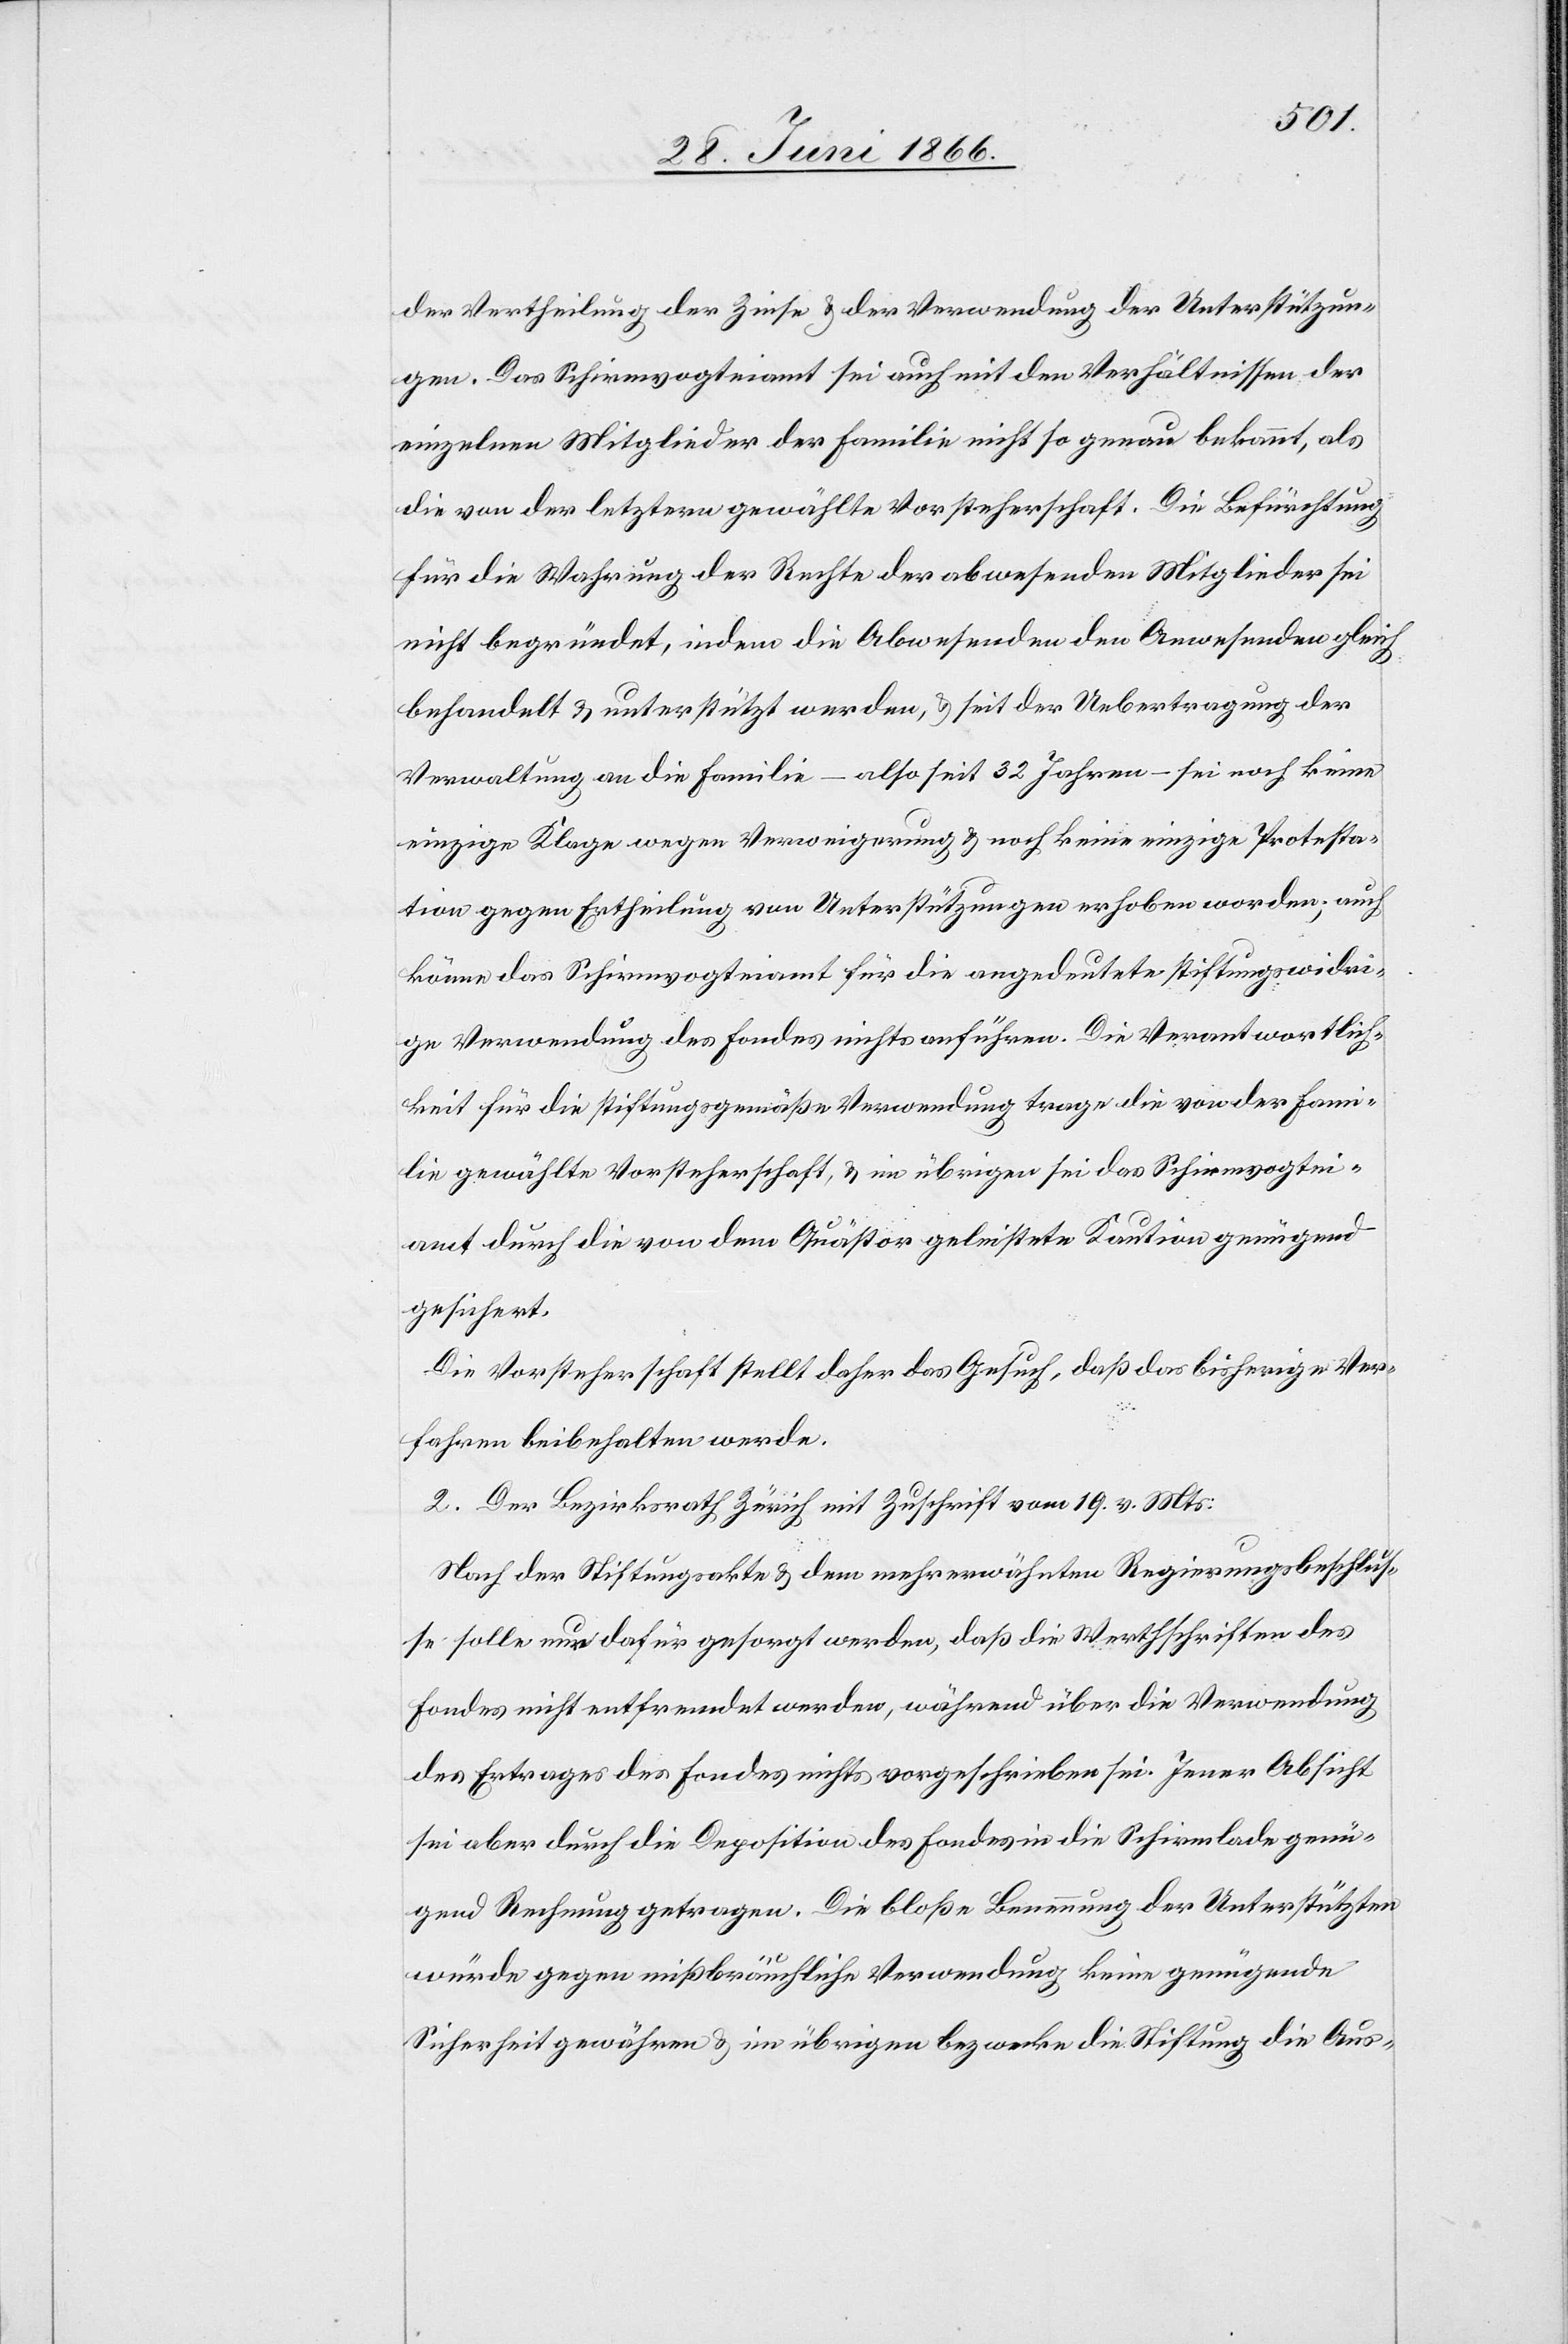
der Vertheilung der Zinse u. der Verwendung der Unterstützun¬
gen. Das Schirmvogteiamt sei auch mit den Verhältnissen der
einzelnen Mitglieder der Familie nicht so genau bekannt, als
die von der letztern gewählte Vorsteherschaft. Die Befürchtung
für die Wahrung der Rechte der abwesenden Mitglieder sei
nicht begründet, indem die Abwesenden den Anwesenden gleich
behandelt u. unterstützt werden, u. seit der Uebertragung der
Verwaltung an die Familie – also seit 32 Jahren – sei noch keine
einzige Klage wegen Verweigerung u. noch keine einzige Protesta¬
tion gegen Ertheilung von Unterstützungen erhoben worden; auch
könne das Schirmvogteiamt für die angedeutete stiftungswidri¬
ge Verwendung des Fondes nichts anführen. Die Verantwortlich¬
keit für die stiftungsgemäße Verwendung trage die von der Fami¬
lie gewählte Vorsteherschaft, u. im übrigen sei das Schirmvogtei¬
amt durch die von dem Quästor geleistete Kaution genügend
gesichert.
Die Vorsteherschaft stellt daher das Gesuch, daß das bisherige Ver¬
fahren beibehalten werde.
2. Der Bezirksrath Zürich mit Zuschrift vom 19. v. Mts.:
Nach der Stiftungsakte u. dem mehrerwähnten Regierungsbeschlus¬
se solle nur dafür gesorgt werden, daß die Werthschriften des
Fondes nicht entfremdet werden, während über die Verwendung
des Ertrages des Fondes nichts vorgeschrieben sei. Jener Absicht
sei aber durch die Deposition des Fondes in die Schirmvogtei genü¬
gend Rechnung getragen. Die bloße Benennung der Unterstützten
würde gegen mißbräuchliche Verwendung keine genügende
Sicherheit gewähren u. im übrigen bezwecke die Stiftung die Aus-